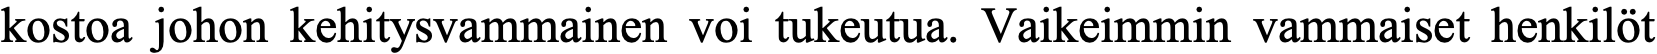
kostoa johon kehitysvammainen voi tukeutua. Vaikeimmin vammaiset henkilöt